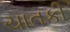
ચાતકી